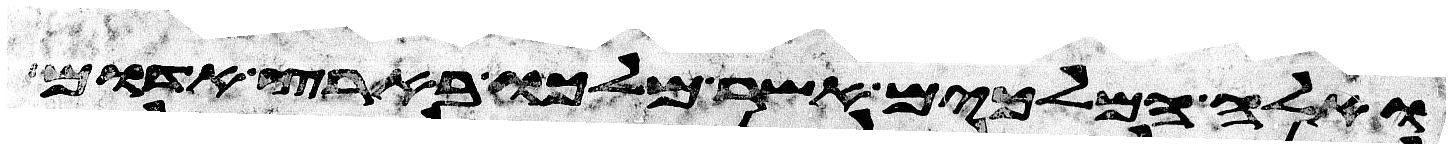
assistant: ואלה המלכים אשר מלכו בארץ אדום